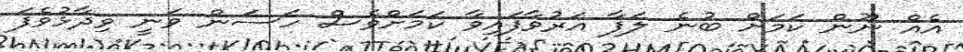
އެއް ނޫން ކަމަށް ބުނެ ލަފާ އަރުވާފައިވާ ކަމަށްވެސް ހަސަން ވަނީ ވިދާޅުވެފަ